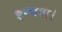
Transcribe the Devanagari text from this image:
इन्चना।